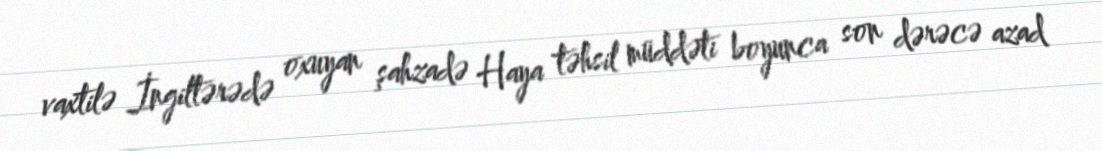
vaxtilə İngiltərədə oxuyan şahzadə Haya təhsil müddəti boyunca son dərəcə azad